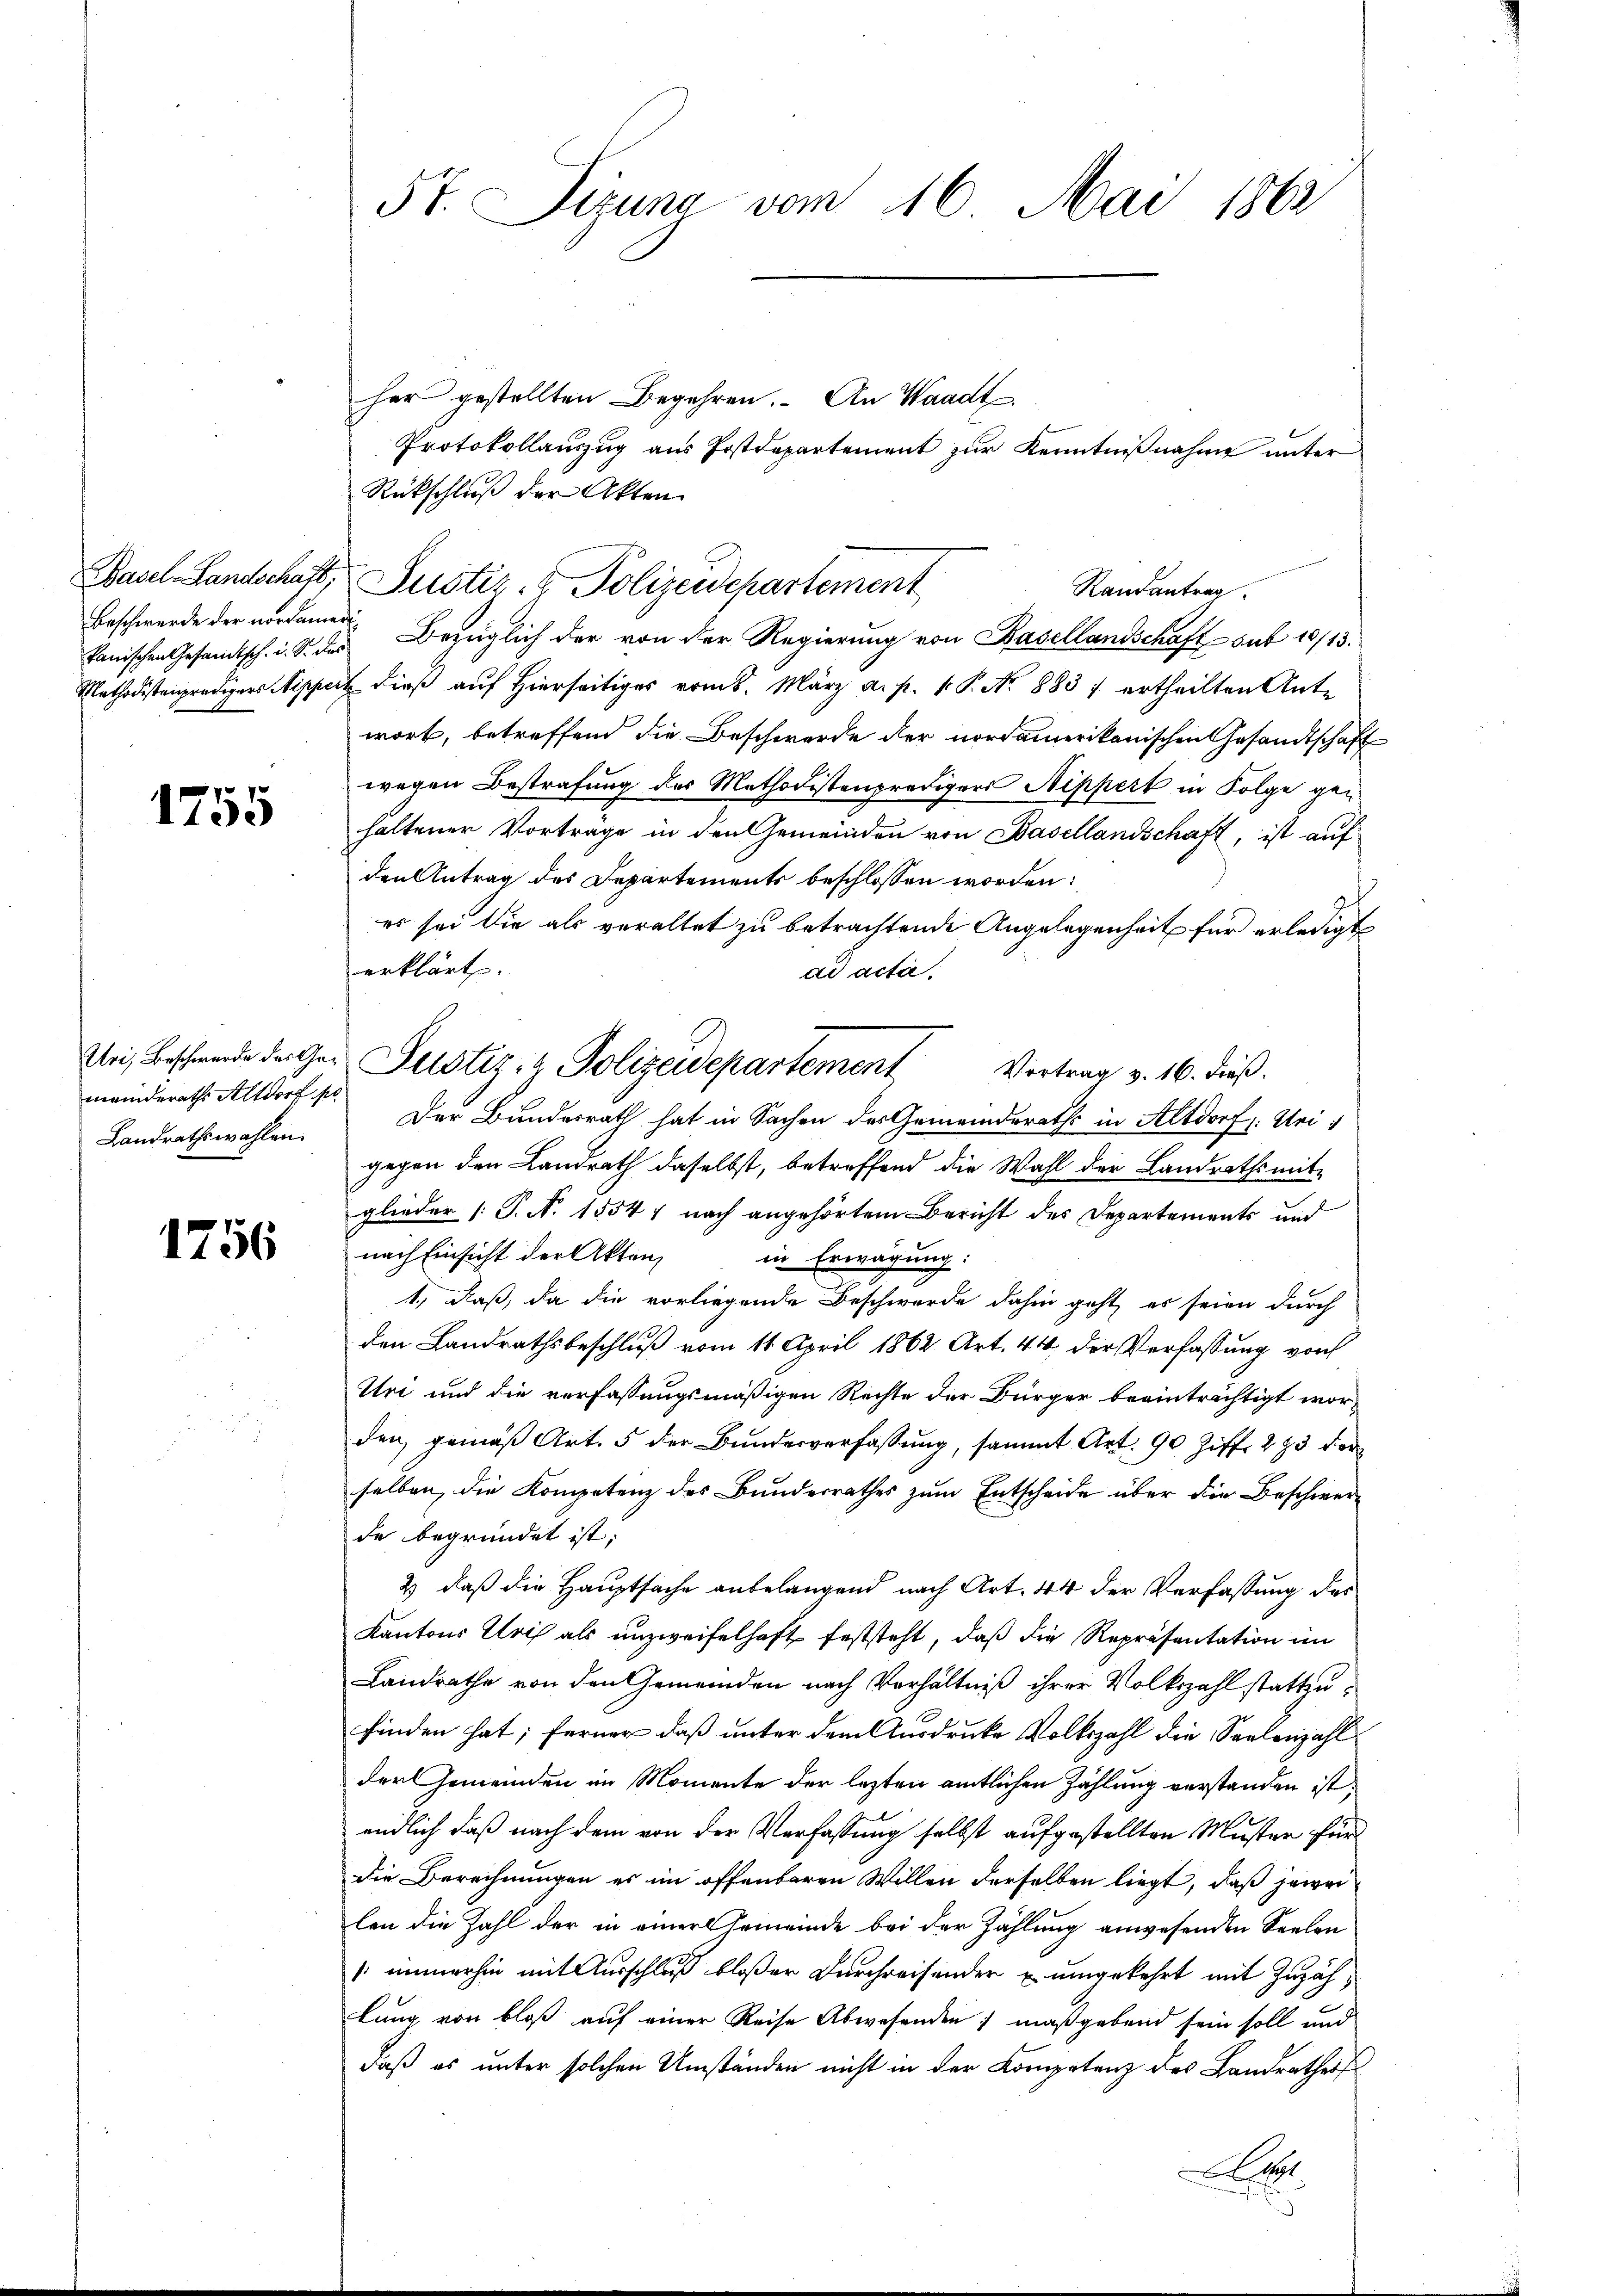
kanischen Gesandtsch. i. S. das

1755

meinderaths Altdorf p
Landrathswahlen.

1756

5t. Sizung vom 16. Mai 1862

her gestellten Begehren. An Waadt
Protokollauszug aus Postdepartement zur Kenntnißnahme unter
Rückschluß der Akten
Basel-Landschaft, Justiz- & Polizeidepartement
Beschwerde der nordamer Bezüglich der von der Regierung von Basellandschaft sub 10/13.
Methodistenpredigers Nippert dieß auf hierseitiges vom 8. März a. p. 1. P. Nr. 8837 ertheilten Ante
wort, betreffend die Beschwerde der nordamerikanischen Gesandtschaft
wegen Bestrafung des Methodistenpredigers Nippert in Folge gehaltener Vortrage in den Gemeinden von Basellandschaft, ist auf
den Antrag des Departements beschlossen worden:
es sei die als veraltet zu betrachtende Angelegenheit für erledigt
erklärt.
ad acta.
Der Bundesrath hat in Sachen des Gemeinderaths in Altdorf : Uri
gegen den Landrath daselbst, betreffend die Wahl der Landrathsmit-
glieder (T. N. 15547 nach angehörtem Bericht des Departements und
nach Einsicht der Akten,
in Erwägung:
1., daß, da die vorliegende Beschwerde dahin geht, es seien durch
den Landrathsbeschluß vom 11. April 1862 Art. 44 der Verfassung von
Urt und die verfassungsmäßigen Rechte der Bürger beeinträchtigt worden, gemäß Art. 5 der Bundesverfassung, sammt Art. 90 Ziff. 293 der
selben, die Kompetenz des Bundesrathes zum Entscheide über die Beschwerde begründet ist;
2) daß die Hauptsache anbelangend nach Art. 44 der Verfassung des
Kantons Uri als unzweifelhaft feststeht, daß die Repräsentation im
Landrathe von den Gemeinden nach Verhältniß ihrer Volkszahl stattzufinden hat; ferner daß unter dem Ausdrucke Volkszahl die Seelenzahl
der Gemeinden im Momente der lezten amtlichen Zahlung verstanden ist.
endlich daß nach dem von der Verfassung selbst aufgestellten Muster für
Die Berechnungen es im offenbaren Willen derselben liegt, daß jewei
len die Zahl der in einer Gemeinde bei der Zählung anwesenden Seelen
 immerhin mit Ausschluß bloßer Durchreisender u umgekehrt mit Zuzählung von bloß auf einer Reise Abwesenden; maßgebend sein soll und
daß es unter solchen Umständen nicht in der Kompetenz des Landrathes
a

Uri, Beschwerde der Ge- Justiz- & Polizeidepartement Vertrag v. 16. dieβ.

Randantrag.